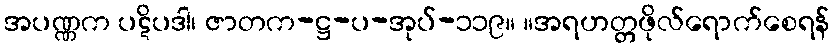
အပဏ္ဏက ပဋိပဒါ၊ ဇာတက-ဋ္ဌ-ပ-အုပ်-၁၁၉။ ။အရဟတ္တဖိုလ်ရောက်စေရန်